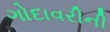
ગોદાવરીની